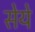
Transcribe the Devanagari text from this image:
सेये